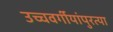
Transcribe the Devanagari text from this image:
उच्चवर्गीयांपुरत्या